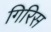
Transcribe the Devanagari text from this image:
गिरिस